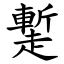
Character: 䟅